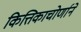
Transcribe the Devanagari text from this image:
कित्तिकाचोर्णाने